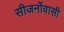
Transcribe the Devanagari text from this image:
सीजर्नोवासी